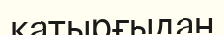
қатырғыдан